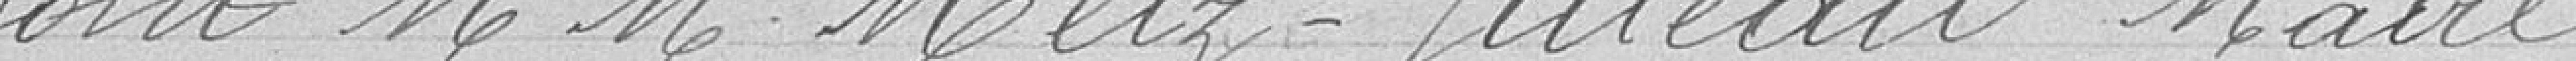
Ce sont Messieurs Metz-Juteau Maire